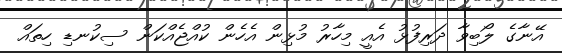
އޭނާގެ ލޯބިވާ ދަރިފުޅު އެއީ މިހާރު މުޅިން އެހެން ކުއްޖެއްކަން ސިކުނޑި ހިތައް